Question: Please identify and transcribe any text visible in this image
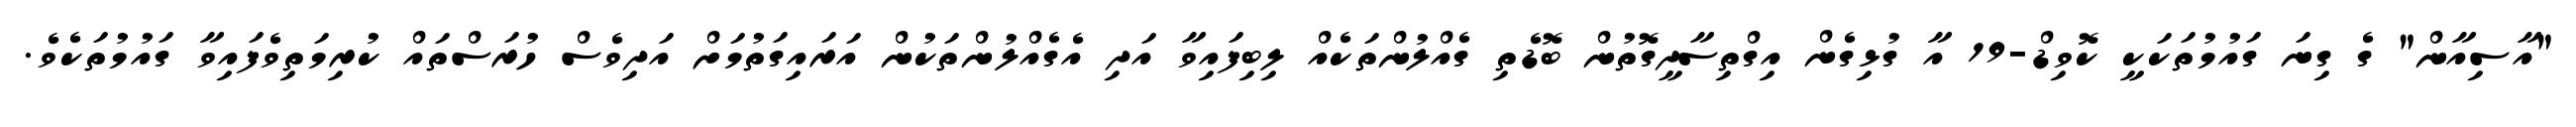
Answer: "އާސިއާން" ގެ ގިނަ ގައުމުތަކަކީ ކޮވިޑް-19 އާ ގުޅިގެން އިގްތިސާދީގޮތުން ބޮޑެތި ގެއްލުންތަކެއް ލިބިފައިވާ އަދި އެގެއްލުންތަކުން އަރައިގަތުމަށް އަދިވެސް ހުރަސްތައް ކުރިމަތިވެފައިވާ ގައުމުތަކެވެ.